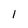
Character: 1